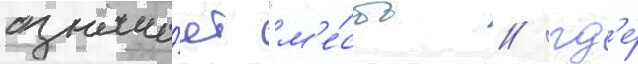
означа́ет "м'е́сто / гд'е́